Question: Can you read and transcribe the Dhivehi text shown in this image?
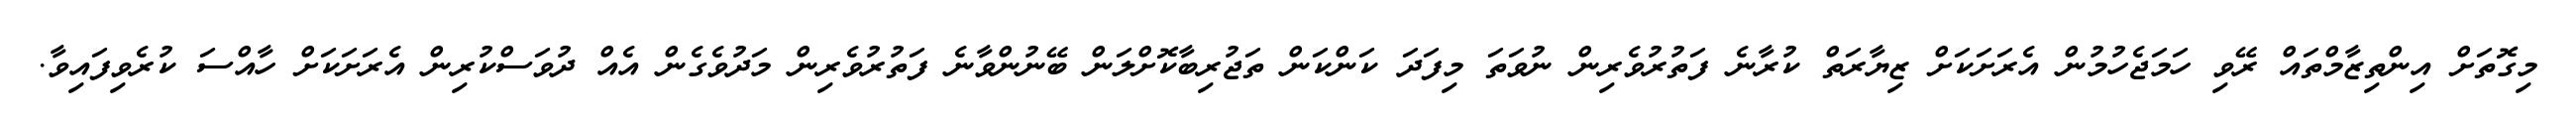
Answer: މިގޮތަށް އިންތިޒާމްތައް ރޭވި ހަމަޖެހުމުން އެރަށަކަށް ޒިޔާރަތް ކުރާނެ ފަތުރުވެރިން ނުވަތަ މިފަދަ ކަންކަން ތަޖުރިބާކޮށްލަން ބޭނުންވާނެ ފަތުރުވެރިން މަދުވެގެން އެއް ދުވަސްކުރިން އެރަށަކަށް ހާއްސަ ކުރެވިފައިވާ.